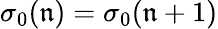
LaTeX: \sigma_{0}(\mathfrak{n})=\sigma_{0}(\mathfrak{n}+1)